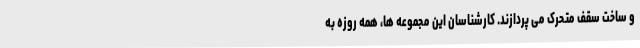
و ساخت سقف متحرک می پردازند. کارشناسان این مجموعه ها، همه روزه به